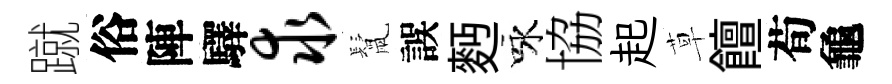
蹴俗陣驛求鬛誤麪咏協起草饘荀龜